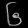
Digit: ၆